Vaccination United Provinces of Agra and Oudh 1914-1922 - 1914-1922
Year: 1914
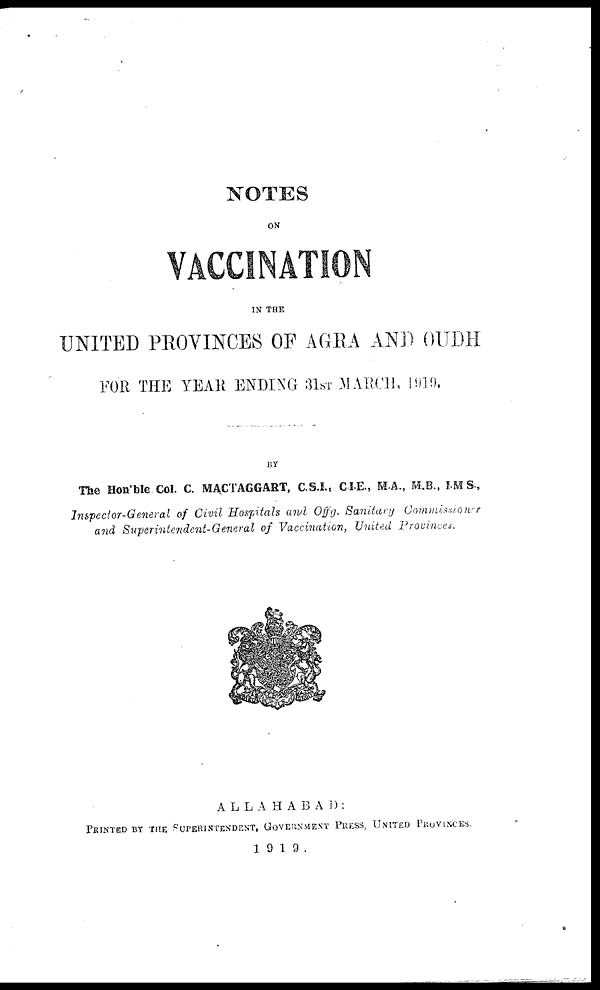
NOTES
ON
VACCINATION
IN THE
UNITED PROVINCES OF AGRA AND OUDH
FOR THE YEAH ENDING 31ST 31MARCH. 1919.
BY
The Hon,ble Col. C. MACTAGGART, C.S.I., C.I.E., M.A., M.B., I.MS.,
Inspector-General
of Civil Hospitals and Offg. Sanitary
Commissioner
and Superintendent-General
of Vaccination,
United
Provinces.
ALLAHABAD:
PRINTED BY THE SUPERINTENDENT, GOVERNMENT PRESS, UNITED PROVINCES.
1019.